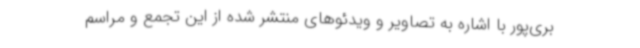
بری‌پور با اشاره به تصاویر و ویدئوهای منتشر شده از این تجمع و مراسم